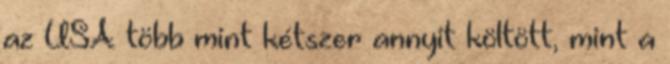
az USA több mint kétszer annyit költött, mint a